Civil Veterinary Dept. Bombay admin report 1893-99 - 1893-1899
Year: 1893
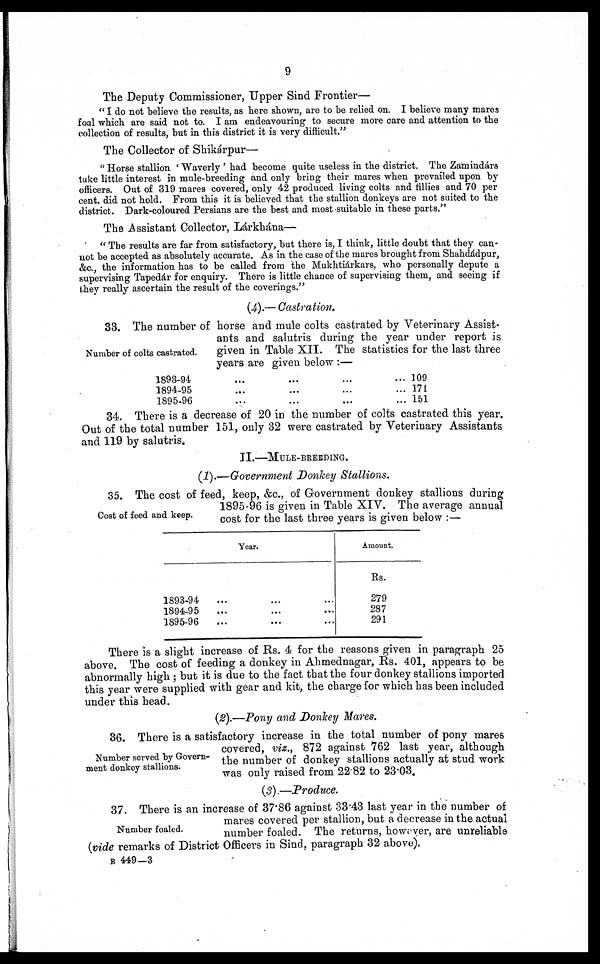
9
The Deputy Commissioner, Upper Sind Frontier—
" I do not believe the results, as here shown, are to be relied on. I believe many mares
foal which are said not to. I am endeavouring to secure more care and attention to the
collection of results, but in this district it is very difficult. "
The Collector of Shikárpur—
" Horse stallion ' "Waverly ' had become quite useless in the district. The Zamindárs
take little interest in mule-breeding and only bring their mares when prevailed upon by
officers. Out of 319 mares covered, only 42 produced living colts and fillies and 70 per
cent. did not hold. From this it is believed that the stallion donkeys are not suited to the
district. Dark-coloured Persians are the best and most suitable in these parts."
The Assistant Collector, Lárkhána—
" The results are far from satisfactory, but there is, I think, little doubt that they can-
not be accepted as absolutely accurate. As in the case of the mares brought from Shahdádpur,
&c., the information has to be called from the Mukhtiárkars, who personally depute a
supervising Tapedár for enquiry. There is little chance of supervising them, and seeing if
they really ascertain the result of the coverings."
(4).— Castration.
Number of colts castrated.
33. The number of horse and mule colts castrated by Veterinary Assist-
ants and salutris during the year under report is
given in Table XII. The statistics for the last three
years are given below :—
1893-94
1894-95
1895-96
…
…
…
…
...
...
…
...
…
…
...
...
109
171
151
34. There is a decrease of 20 in the number of colts castrated this year.
Out of the total number 151, only 32 were castrated by Veterinary Assistants
and 119 by salutris.
II.—MULE-BREEDING.
(1).—Government Donkey Stallions.
Cost of feed and keep.
35. The cost of feed, keep, &c., of Government donkey stallions during
1895-96 is given in Table XIV. The average annual
cost for the last three years is given below :—
Year.
1893-94
1894-95
1895-96
...
...
...
…
...
...
…
...
...
Amount.
Rs.
279
287
291
There is a slight increase of Rs. 4 for the reasons given in paragraph 25
above. The cost of feeding a donkey in Ahmednagar, Rs. 401, appears to be
abnormally high ; but it is due to the fact that the four donkey stallions imported
this year were supplied with gear and kit, the charge for which has been included
under this head.
(2).—Pony and Donkey Mares.
Number served by Govern-
ment donkey stallions.
36. There is a satisfactory increase in the total number of pony mares
covered, viz., 872 against 762 last year, although
the number of donkey stallions actually at stud work
was only raised from 22.82 to 23.03.
(3).—Produce.
Number foaled.
37. There is an increase of 37.86 against 33.43 last year in the number of
mares covered per stallion, but a decrease in the actual
number foaled. The returns, however, are unreliable
(vide remarks of District Officers in Sind, paragraph 32 above).
B 449—3